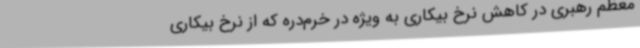
معظم رهبری در کاهش نرخ بیکاری به ویژه در خرم‌دره که از نرخ بیکاری